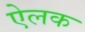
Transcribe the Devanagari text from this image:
ऐलक